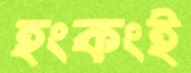
হংকংই